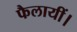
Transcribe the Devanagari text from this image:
फैलायीं।